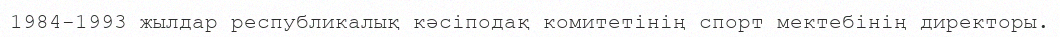
1984-1993 жылдар республикалық кәсіподақ комитетінің спорт мектебінің директоры.